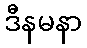
ဒီနမနာ